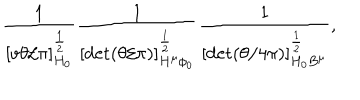
\frac { 1 } { [ v \theta / \pi ] _ { H _ { \scriptscriptstyle 0 } } ^ { \frac { 1 } { 2 } } } \frac { 1 } { [ \det ( \theta / \pi ) ] _ { H ^ { \mu } \phi _ { \scriptscriptstyle 0 } } ^ { \frac { 1 } { 2 } } } \frac { 1 } { [ \det ( \theta / 4 \pi ) ] _ { H _ { \scriptscriptstyle 0 } B ^ { \mu } } ^ { \frac { 1 } { 2 } } } ,